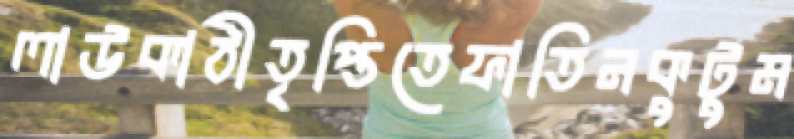
লাউকাঠীতৃপ্তিতেফাতিনকুটুম